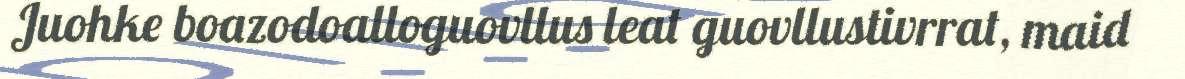
Juohke boazodoalloguovllus leat guovllustivrrat, maid